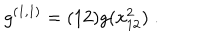
LaTeX: g ^ { ( 1 , 1 ) } = ( 1 2 ) g ( x _ { 1 2 } ^ { 2 } ) \; .